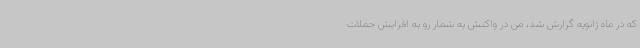
که در ماه ژانویه گزارش شد، من در واکنش به شمار رو به افزایش حملات